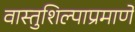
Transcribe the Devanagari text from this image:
वास्तुशिल्पाप्रमाणे